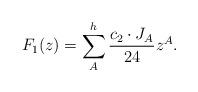
LaTeX: \begin{align*}F_1(z)=\sum_A^h {c_2\cdot J_A\over 24}z^A.\end{align*}